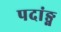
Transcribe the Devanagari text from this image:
पदांङ्ग